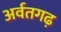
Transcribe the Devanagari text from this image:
अर्वतगढ़